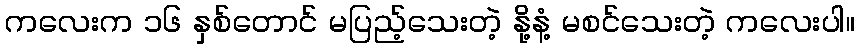
ကလေးက ၁၆ နှစ်တောင် မပြည့်သေးတဲ့ နို့နံ့ မစင်သေးတဲ့ ကလေးပါ။